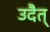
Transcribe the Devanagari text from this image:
उदैत्